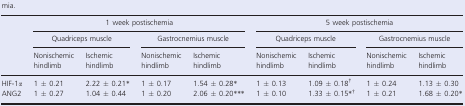
<table><thead><tr><td rowspan="3"></td><td colspan="4"><b>1 week postischemia</b></td><td colspan="4"><b>5 week postischemia</b></td></tr><tr><td colspan="2"><b>Quadriceps muscle</b></td><td colspan="2"><b>Gastrocnemius muscle</b></td><td colspan="2"><b>Quadriceps muscle</b></td><td colspan="2"><b>Gastrocnemius muscle</b></td></tr><tr><td><b>Nonischemic hindlimb</b></td><td><b>Ischemic hindlimb</b></td><td><b>Nonischemic hindlimb</b></td><td><b>Ischemic hindlimb</b></td><td><b>Nonischemic hindlimb</b></td><td><b>Ischemic hindlimb</b></td><td><b>Nonischemic hindlimb</b></td><td><b>Ischemic hindlimb</b></td></tr></thead><tbody><tr><td>HIF‐1<i>α</i></td><td>1 ± 0.21</td><td>2.22 ± 0.21*</td><td>1 ± 0.17</td><td>1.54 ± 0.28*</td><td>1 ± 0.13</td><td>1.09 ± 0.18†</td><td>1 ± 0.24</td><td>1.13 ± 0.30</td></tr><tr><td>ANG2</td><td>1 ± 0.27</td><td>1.04 ± 0.44</td><td>1 ± 0.20</td><td>2.06 ± 0.20***</td><td>1 ± 0.10</td><td>1.33 ± 0.15*†</td><td>1 ± 0.21</td><td>1.68 ± 0.20*</td></tr></tbody></table>